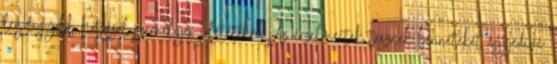
legnagyobb hatással személyes jólétetekre. Az érzelmeitek tesznek benneteket egyedivé;